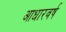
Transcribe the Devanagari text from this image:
आधारवर्ष